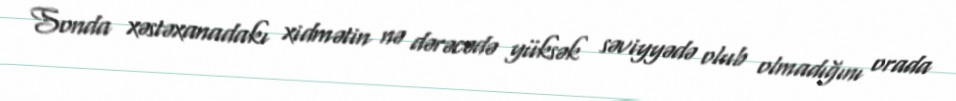
Sonda xəstəxanadakı xidmətin nə dərəcədə yüksək səviyyədə olub olmadığını orada